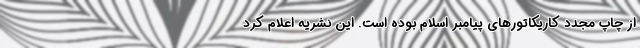
از چاپ مجدد کاریکاتورهای پیامبر اسلام بوده است. این نشریه اعلام کرد